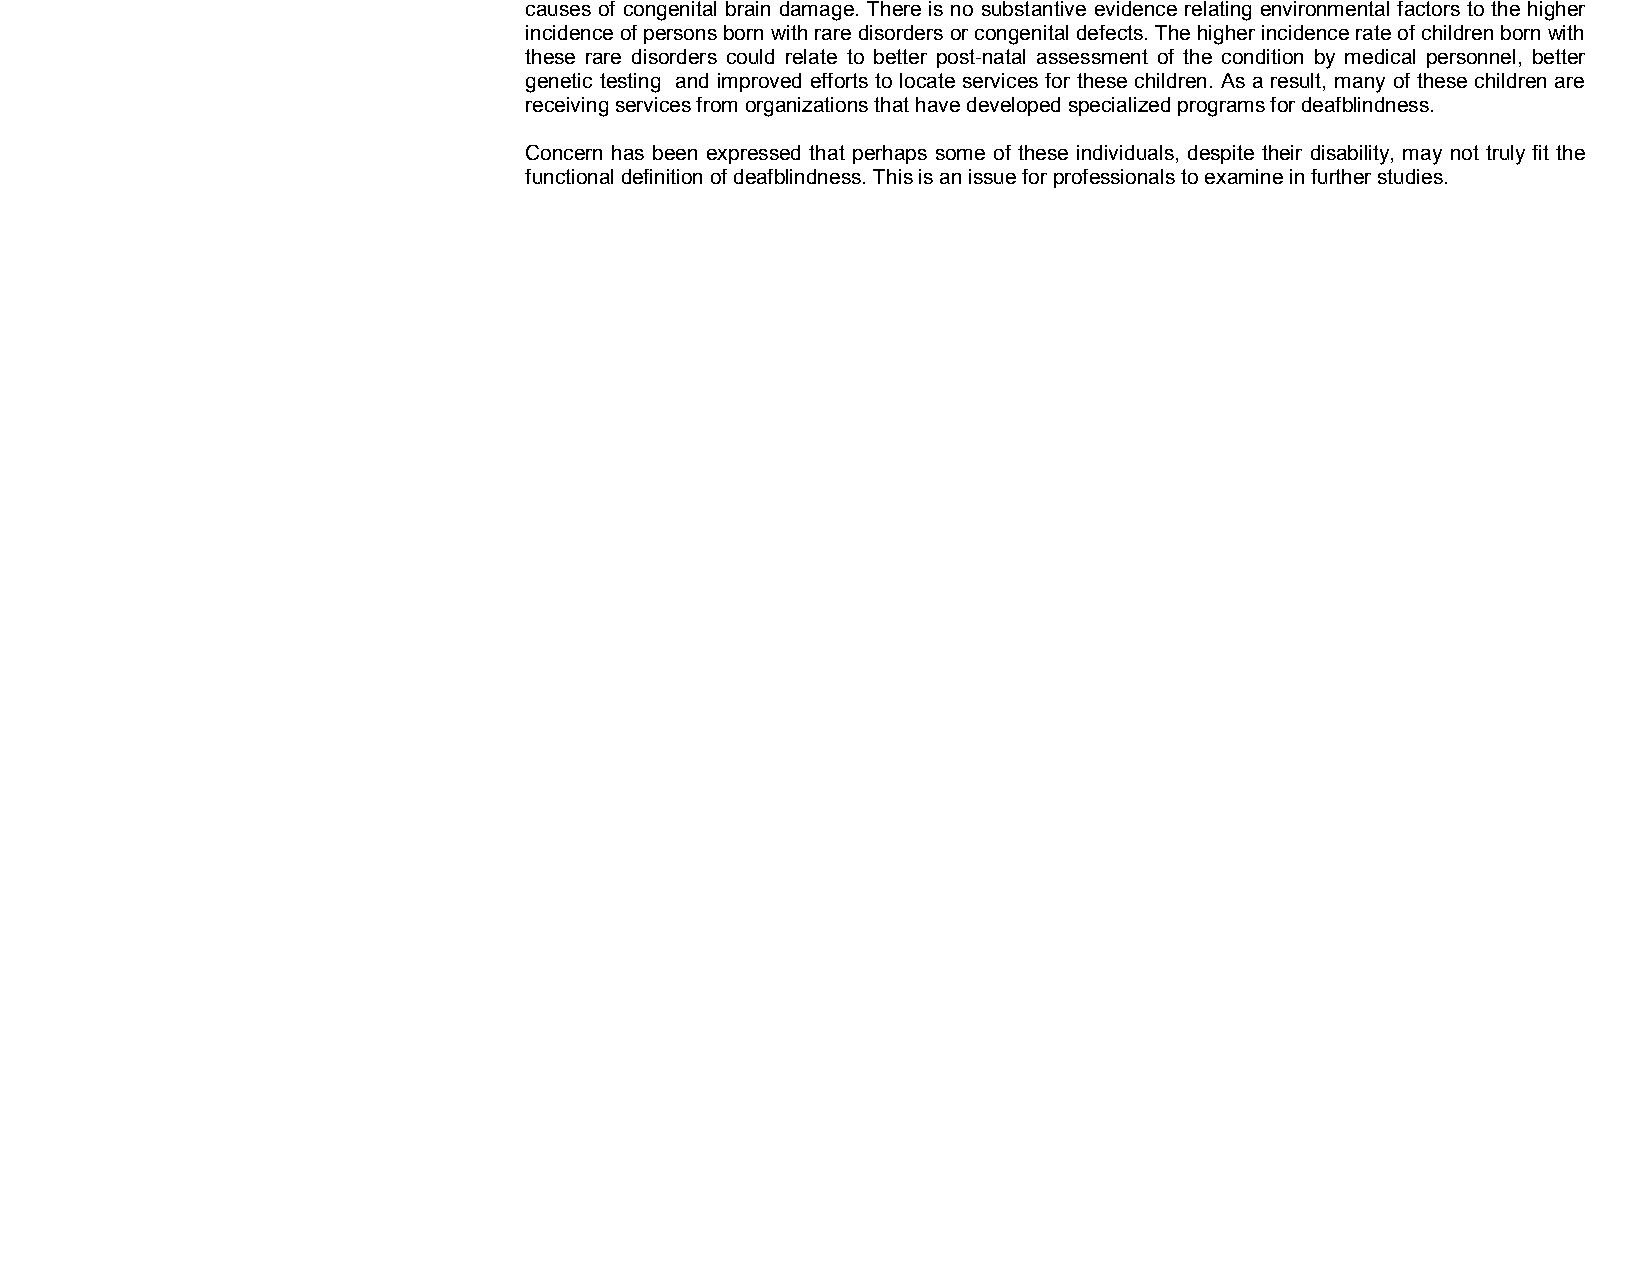
causes of congenital brain damage. There is no substantive evidence relating environmental factors to the higher
 incidence of persons born with rare disorders or congenital defects. The higher incidence rate of children born with
 these rare disorders could relate to better post­natal assessment of the condition by medical personnel, better
 genetic testing and improved efforts to locate services for these children. As a result, many of these children are
 receiving services from organizations that have developed specialized programs for deafblindness.
 Concern has been expressed that perhaps some of these individuals, despite their disability, may not truly fit the
 functional definition of deafblindness. This is an issue for professionals to examine in further studies.